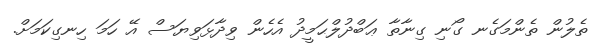
ތެލުން ތެންމަގެނ ގޯނި ގިނާތާ ޢަބްދުލްޙަމީދު އެހެން ވިދާޅަވިޔަސް އޭ ހަމަ ހިނގިކަމަށް.